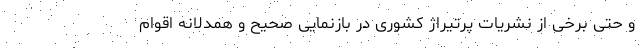
و حتی برخی از نشریات پرتیراژ کشوری در بازنمایی صحیح و همدلانه اقوام